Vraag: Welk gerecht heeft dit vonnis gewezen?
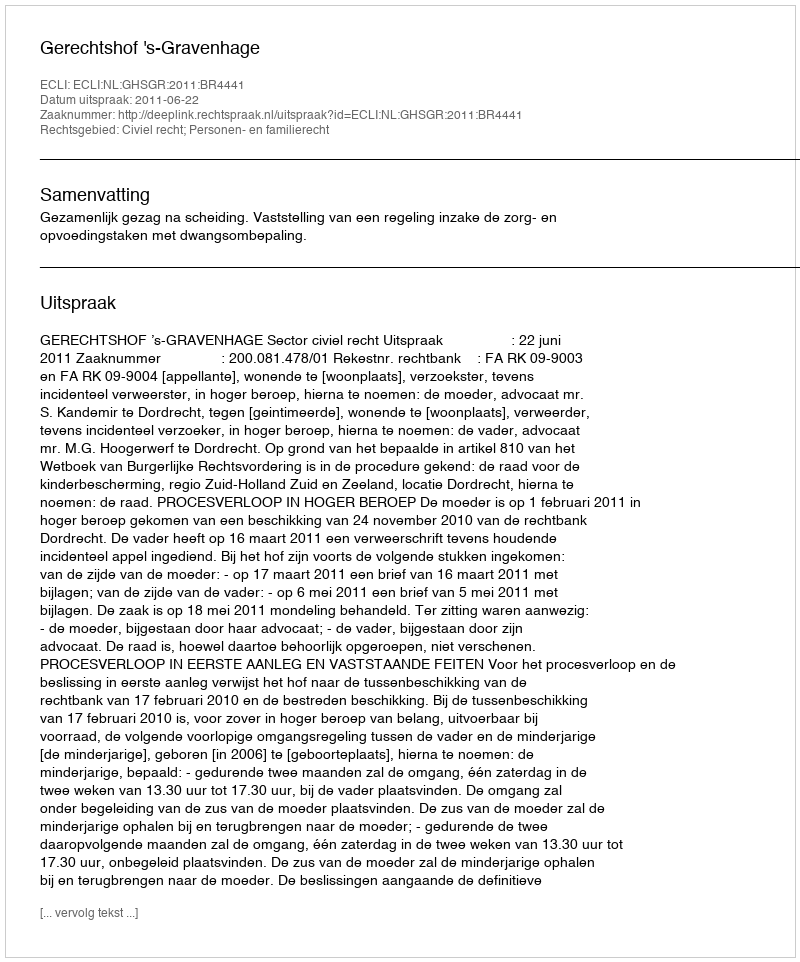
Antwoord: Gerechtshof 's-Gravenhage